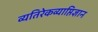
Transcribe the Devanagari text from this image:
व्यतिरेकव्याप्तिज्ञान